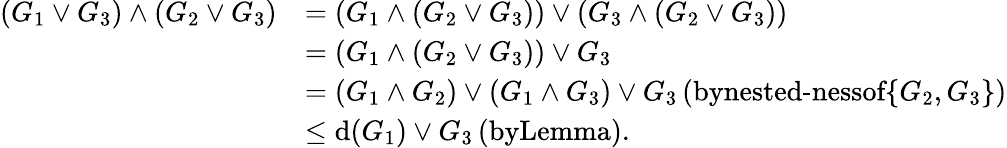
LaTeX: \begin{array}{rl}{(G_{1}\vee G_{3})\wedge(G_{2}\vee G_{3})}&{=(G_{1}\wedge(G_{2}\vee G_{3}))\vee(G_{3}\wedge(G_{2}\vee G_{3}))}\\ &{=(G_{1}\wedge(G_{2}\vee G_{3}))\vee G_{3}}\\ &{=(G_{1}\wedge G_{2})\vee(G_{1}\wedge G_{3})\vee G_{3}\, (\textrm{bynested-nessof}\{ G_{2},G_{3}\} )}\\ &{\leq\mathrm{d}(G_{1})\vee G_{3}\, (\textrm{byLemma}).}\end{array}